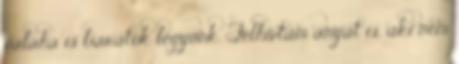
valaha is barátok legyünk. Felhívtam anyát is, aki nem